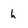
Character: h